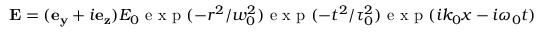
\mathbf { E } = ( \mathbf { e _ { y } } + i \mathbf { e _ { z } } ) E _ { 0 } \mathrm { ~ e ~ x ~ p ~ } ( - r ^ { 2 } / w _ { 0 } ^ { 2 } ) \mathrm { ~ e ~ x ~ p ~ } ( - t ^ { 2 } / \tau _ { 0 } ^ { 2 } ) \mathrm { ~ e ~ x ~ p ~ } ( i k _ { 0 } x - i \omega _ { 0 } t )